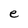
Character: e